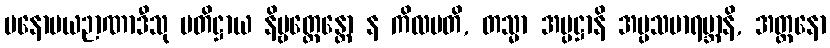
မနောမယဉာဏာဒီသု ပတိဋ္ဌာယ နိဗ္ဗတ္တေန္တော န ကိလမတိ, တသ္မာ အပ္ပဋ္ဌာနိ အပ္ပသမာရမ္ဘာနိ, အတ္တနော